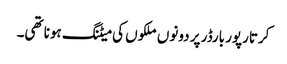
کرتارپور بارڈر پر دونوں ملکوں کی میٹنگ ہونا تھی۔